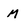
Character: M